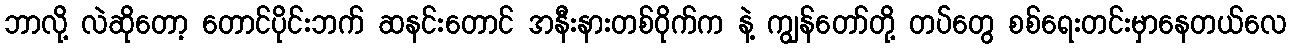
ဘာလို့ လဲဆိုတော့ တောင်ပိုင်းဘက် ဆနင်းတောင် အနီးနားတစ်ဝိုက်က နဲ့ ကျွန်တော်တို့ တပ်တွေ စစ်ရေးတင်းမှာနေတယ်လေ